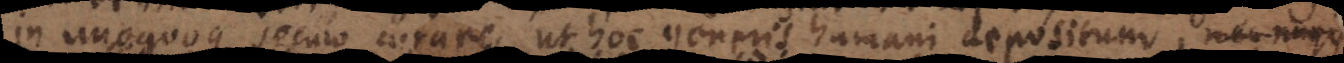
in unoquoque seculo curare, ut hoc generis humani depositum, nec